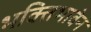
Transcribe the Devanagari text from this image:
भक्तिभावेन